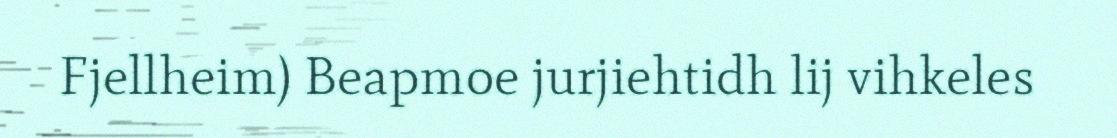
Fjellheim) Beapmoe jurjiehtidh lij vihkeles